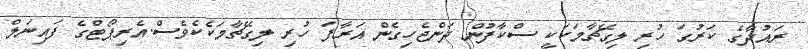
ރައުދާގެ ކަރުގަ ހުރި ލިގޭޗާމަކަކީ ސްކާފުން ދަންޖެހިގެން އަރާފަ ހުރި ލިގޭޗާމަކެކެވެސް.އެރިޕޯޓްގެ ފައިނަލް